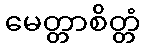
မေတ္တာစိတ္တံ